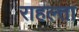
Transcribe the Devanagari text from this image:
राहल्ता